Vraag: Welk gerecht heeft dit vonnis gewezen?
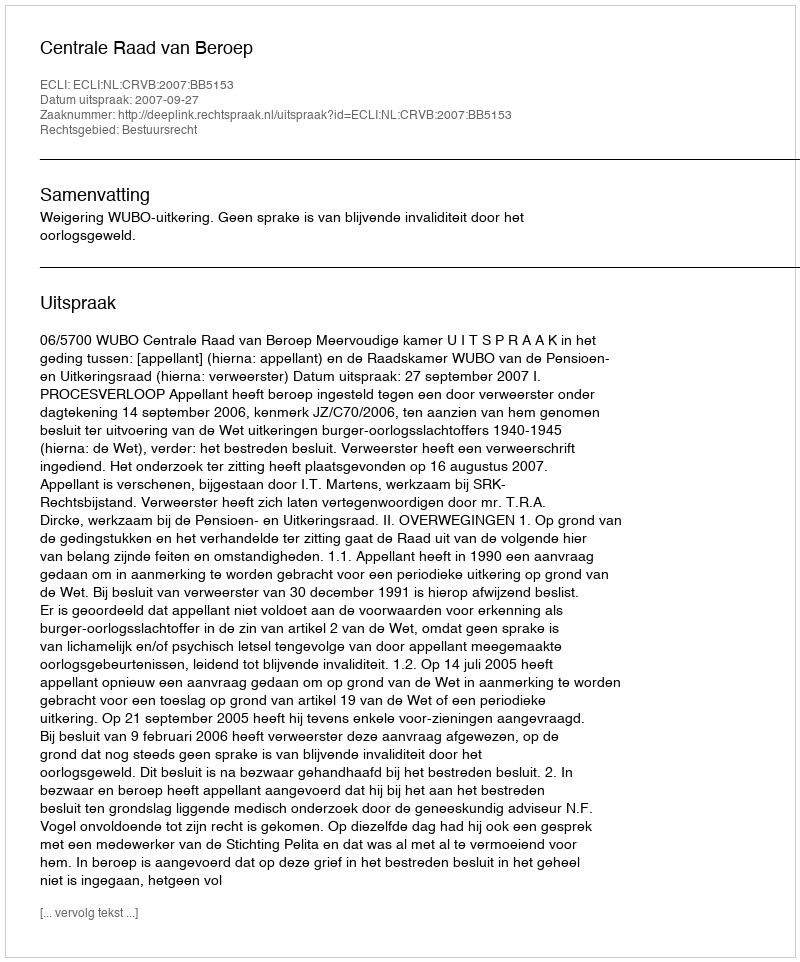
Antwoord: Centrale Raad van Beroep